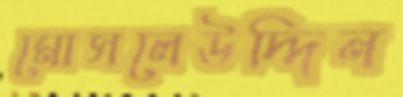
মোসলেউদ্দিন